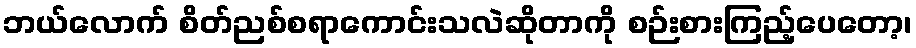
ဘယ်လောက် စိတ်ညစ်စရာကောင်းသလဲဆိုတာကို စဉ်းစားကြည့်ပေတော့၊